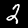
Label: 2